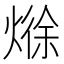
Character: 𪹘